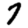
Digit: 7